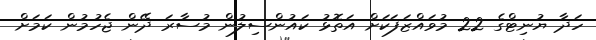
ހަދާ ޔުނިޓްގެ 22 މުވައްޒަފަކަށް އަތޮޅު ކައުންސިލުން މުސާރަ ދޭން ޖެހުމުން ކަމަށް